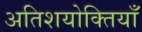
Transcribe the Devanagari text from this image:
अतिशयोक्तियाँ